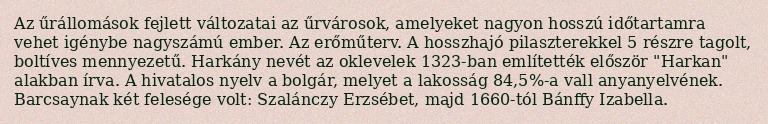
Az űrállomások fejlett változatai az űrvárosok, amelyeket nagyon hosszú időtartamra vehet igénybe nagyszámú ember. Az erőműterv. A hosszhajó pilaszterekkel 5 részre tagolt, boltíves mennyezetű. Harkány nevét az oklevelek 1323-ban említették először "Harkan" alakban írva. A hivatalos nyelv a bolgár, melyet a lakosság 84,5%-a vall anyanyelvének. Barcsaynak két felesége volt: Szalánczy Erzsébet, majd 1660-tól Bánffy Izabella.